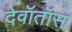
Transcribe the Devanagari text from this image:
देवॉतॉस